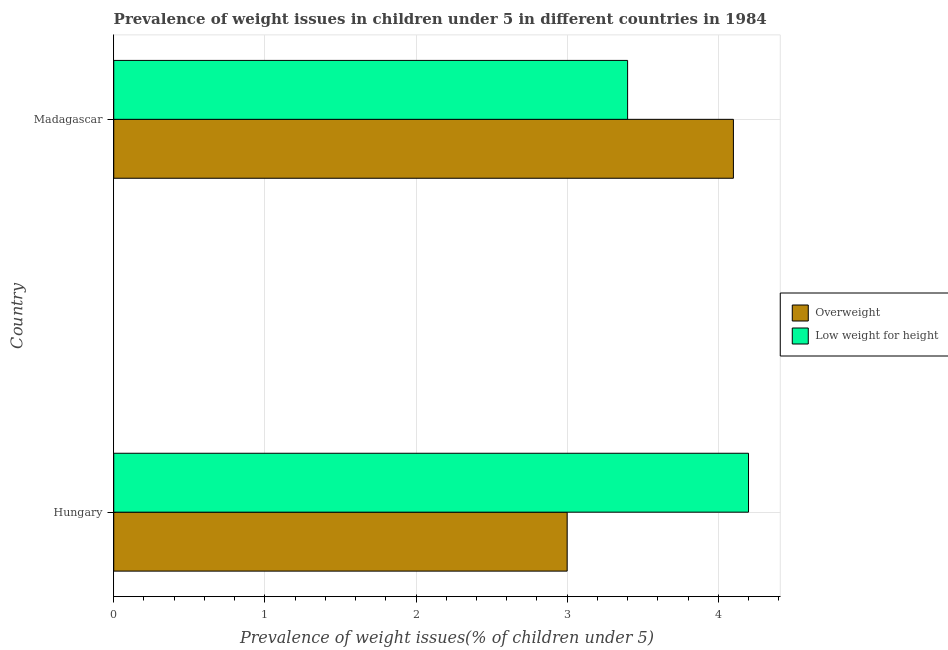
| Country | Overweight | Low weight for height |
 | --- | --- | --- |
 | Hungary | 3 | 4.2 |
 | Madagascar | 4.1 | 3.4 |